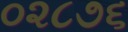
૦૨૮૭૬